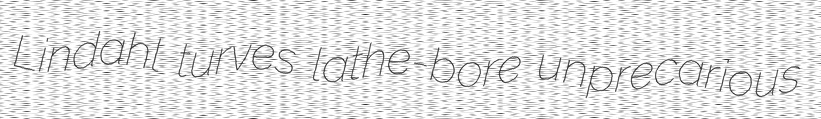
Lindahl turves lathe-bore unprecarious